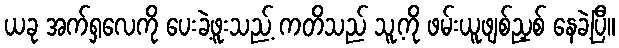
ယခု အက်ရှလေကို ပေးခဲ့ဖူးသည့် ကတိသည် သူ့ကို ဖမ်းယူဖျစ်ညှစ် နေခဲ့ပြီ။